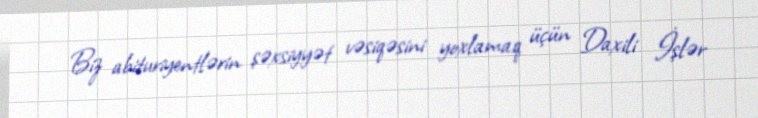
Biz abituriyentlərin şəxsiyyət vəsiqəsini yoxlamaq üçün Daxili İşlər